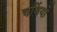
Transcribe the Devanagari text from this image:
चर्बियों